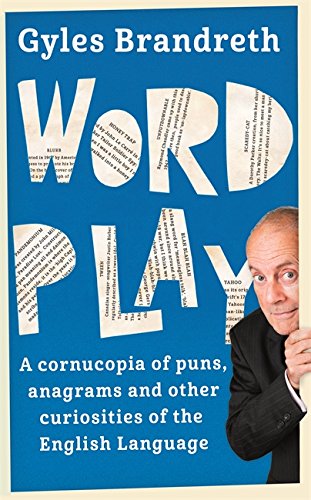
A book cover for Word Play: A Cornucopia of Puns, Anagrams and Other Contortions and Curiosities of the English Language; Gyles Brandreth; Humor & Entertainment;